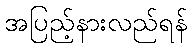
အပြည့်နားလည်ရန်